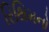
રિથિમનો